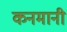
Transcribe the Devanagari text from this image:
कनमानी